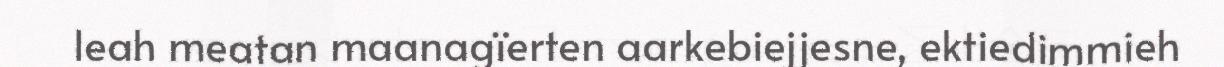
leah meatan maanagïerten aarkebiejjesne, ektiedimmieh